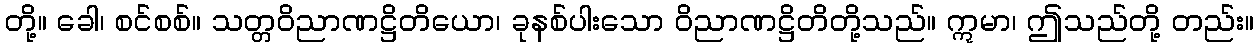
တို့။ ခေါ၊ စင်စစ်။ သတ္တဝိညာဏဋ္ဌိတိယော၊ ခုနစ်ပါးသော ဝိညာဏဋ္ဌိတိတို့သည်။ ဣမာ၊ ဤသည်တို့ တည်း။